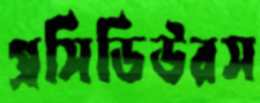
প্রসিডিউরস